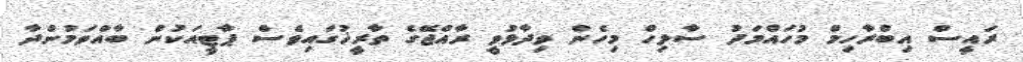
ރައީސް އިބްރާހިމް މުހައްމަދު ސާލިހް މިހެން ވިދާޅުވީ ރާއްޖޭގެ ތާރީޚުގައިވެސް ޕާޓީއަކުން ބާއްވަމުންދާ